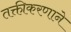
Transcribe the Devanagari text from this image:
तक्तीकरणाने